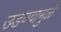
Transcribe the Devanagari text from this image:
उडण्यामुळे